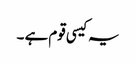
یہ کیسی قوم ہے ۔